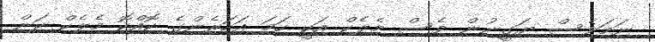
ނަމަވެސް ޔަގީނުން ވެސް މެލެކް އަކީ ހަމަ އަހަރެންގެ ކޮއްކޮ މެލެކް ކަން